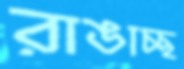
রাঙাচ্ছ